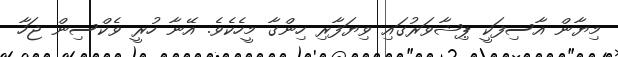
މިޔާން އާސިފަކީ ޕިޝާވަރުގައި ވިޔަފާރި ހިންގާ މީހެކެވެ. އޭނާ ހުރީ ވެކްސިން ޖަހާ